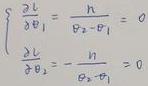
\[
\begin{cases}
\frac{\partial L}{\partial \theta_1}=\frac{h}{\theta_2 - \theta_1}=0 \\
\frac{\partial L}{\partial \theta_2}=-\frac{h}{\theta_2 - \theta_1}=0
\end{cases}
\]